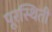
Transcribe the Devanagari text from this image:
पूरस्थिती